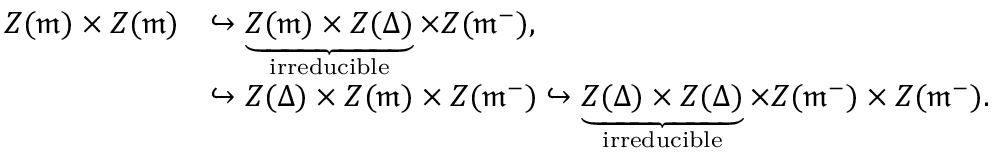
\begin{array} { r l } { Z ( \mathfrak { m } ) \times Z ( \mathfrak { m } ) } & { \hookrightarrow \underbrace { Z ( \mathfrak { m } ) \times Z ( \Delta ) } _ { \mathrm { i r r e d u c i b l e } } \times Z ( \mathfrak { m } ^ { - } ) , } \\ & { \hookrightarrow Z ( \Delta ) \times Z ( \mathfrak { m } ) \times Z ( \mathfrak { m } ^ { - } ) \hookrightarrow \underbrace { Z ( \Delta ) \times Z ( \Delta ) } _ { \mathrm { i r r e d u c i b l e } } \times Z ( \mathfrak { m } ^ { - } ) \times Z ( \mathfrak { m } ^ { - } ) . } \end{array}